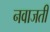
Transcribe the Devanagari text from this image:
नवाजती